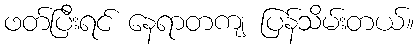
ဖတ်ပြီးရင် နေရာတကျ ပြန်သိမ်းတယ်။